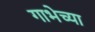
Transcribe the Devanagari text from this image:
गाभेच्या